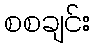
စစချင်း